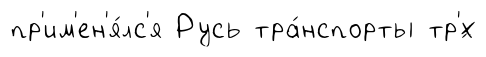
пр'им'ен'я́лс'я Русь тра́нспорты тр'́х